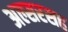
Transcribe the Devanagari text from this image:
अल्सरसह